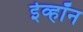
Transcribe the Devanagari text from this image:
ईव्हॉन